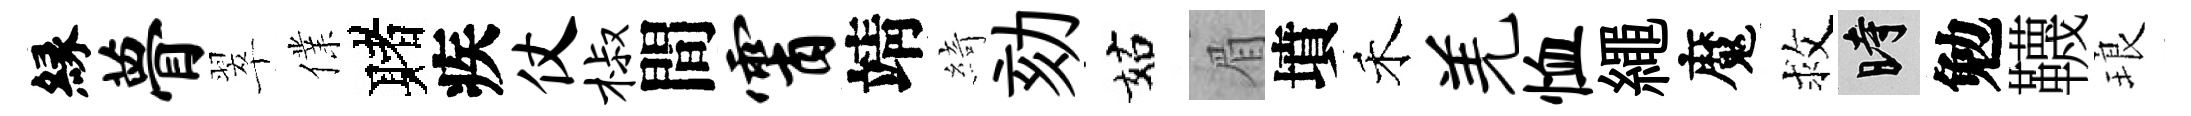
縁瞢翠㒒赌疾仗椒間霄靖綺劾姑眉墳禾羌恤繩魔救时勉韈琅